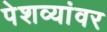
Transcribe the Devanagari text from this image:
पेशव्यांवर